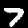
Label: 7